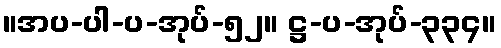
။အပ-ပါ-ပ-အုပ်-၅၂။ ဋ္ဌ-ပ-အုပ်-၃၃၄။